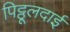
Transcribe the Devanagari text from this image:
पिट्ठूलदाई